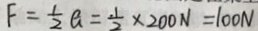
F = \frac { 1 } { 2 } a = \frac { 1 } { 2 } \times 2 0 0 N = 1 0 0 N